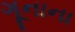
ગૂનાના